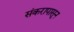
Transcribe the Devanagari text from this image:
संकरापासून